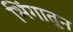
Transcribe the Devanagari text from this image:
भिंगातून